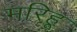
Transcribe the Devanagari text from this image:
मरिहू